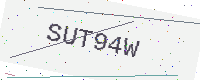
Text: SUT94W